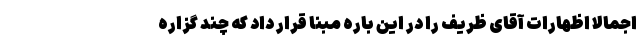
اجمالا اظهارات آقای ظریف را در این باره مبنا قرار داد که چند گزاره